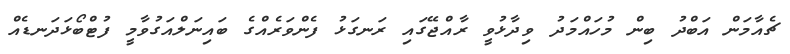
ޗެއާމަން އަބްދު ބިން މުހައްމަދު ވިދާޅުވީ ރާއްޖޭގައި ރަނގަޅު ފެންވަރެއްގެ ބައިނަލްއަގުވާމީ ފުޓްބޯޅަދަނޑެއް